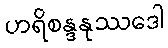
ဟရိစန္ဒနုဿဒေါ